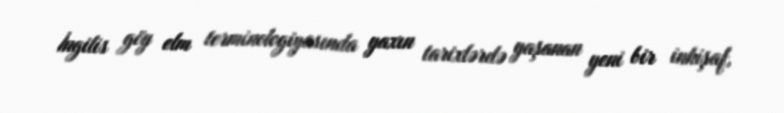
İngilis göy elm terminologiyasında yaxın tarixlərdə yaşanan yeni bir inkişaf,